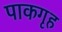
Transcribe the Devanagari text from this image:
पाकगृह